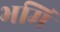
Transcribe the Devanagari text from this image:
भमि